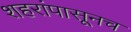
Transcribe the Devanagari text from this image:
शहरांपासूनच